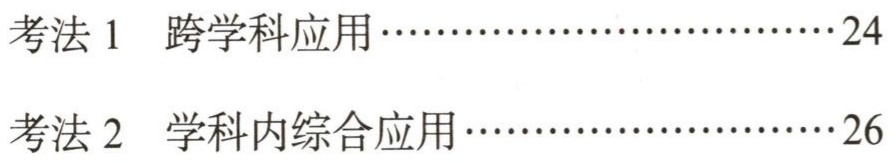
考法 1  跨学科应用…………………………24

考法 2  学科内综合应用………………………26